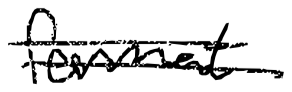
Text: format
Cross-out: double-line
Writing tool: digital_black